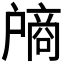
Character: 𰒵